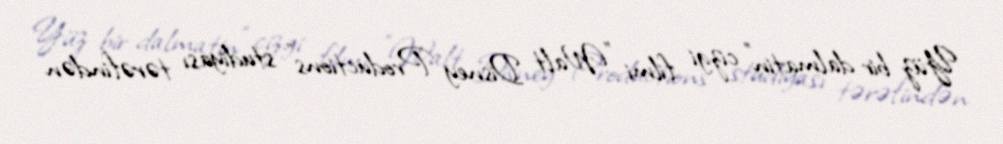
Yüz bir dalmatin" cizgi filmi "Walt Disney Productions" studiyası tərəfindən